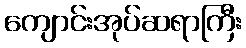
ကျောင်းအုပ်ဆရာကြီး